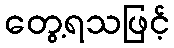
တွေ့ရသဖြင့်